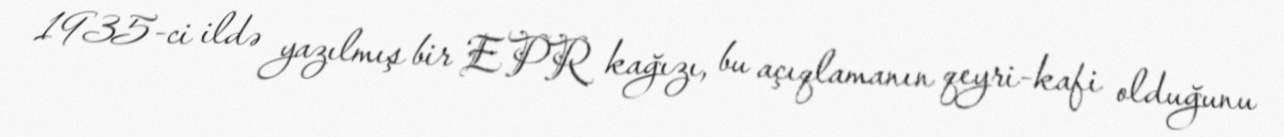
1935-ci ildə yazılmış bir EPR kağızı, bu açıqlamanın qeyri-kafi olduğunu